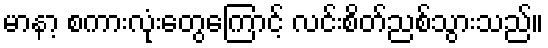
မာနာ့ စကားလုံးတွေကြောင့် လင်းစိတ်ညစ်သွားသည်။